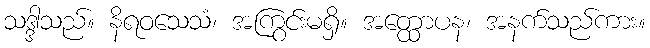
သဒ္ဒါသည်။ နိရဝသေသံ၊ အကြွင်းမရှိ။ အတ္ထောပန၊ အနက်သည်ကား။